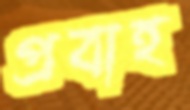
প্রবাহ